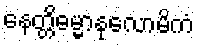
နေတ္တိဓမ္မာနုလောမိကံ